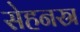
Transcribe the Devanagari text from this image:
सेहनस्र